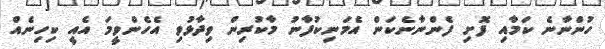
ހުންނާނެ ކަމާއި ފޮށި ފެންނާނެކަން އެމަނިކުފާނު މާކުރިން ވިދާޅުވި އެހެންވީމަ އެއީ ކިހިނެއް